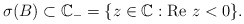
\begin{align*}\sigma(B) \subset \mathbb{C}_-=\{z \in \mathbb{C} : \textrm{Re }z<0\}.\end{align*}